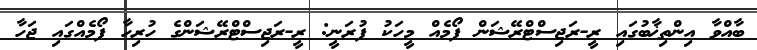
ބާއްވާ އިންތިޚާބުގައި ރީ-ރަޖިސްޓްރޭޝަން ފޯމެއް މީހަކު ފުރަނީ: ރީ-ރަޖިސްޓްރޭޝަންގެ ހުރިހާ ފޯމެއްގައި ޖަހާ